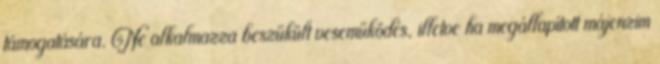
támogatására. Ne alkalmazza beszűkült veseműködés, illetve ha megállapított májenzim